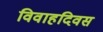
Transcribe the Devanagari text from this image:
विवाहदिवस